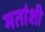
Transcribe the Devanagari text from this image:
मतांशी